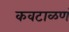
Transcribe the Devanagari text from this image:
कवटाळणं